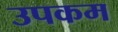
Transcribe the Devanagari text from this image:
उपकम